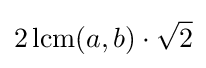
2\operatorname {lcm} (a,b)\cdot {\sqrt {2}}